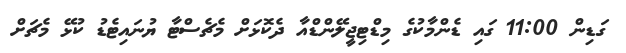
ގަޑިން 11:00 ގައި ޑެންމާކުގެ މިޑްޓިޖީލޭންޑްއާ ދެކޮޅަށް މެޗެސްޓާ ޔުނައިޓެޑު ކުޅޭ މެޗަށް